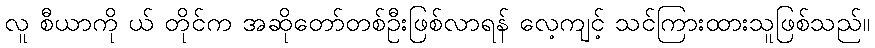
လူ စီယာကို ယ် တိုင်က အဆိုတော်တစ်ဦးဖြစ်လာရန် လေ့ကျင့် သင်ကြားထားသူဖြစ်သည်။